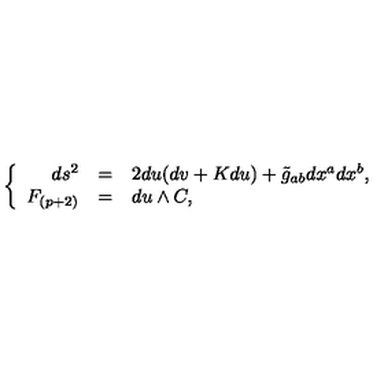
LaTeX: \left\{ \begin{array} { r c l } { d s ^ { 2 } } & { = } & { 2 d u ( d v + K d u ) + \tilde { g } _ { a b } d x ^ { a } d x ^ { b } , } \\ { F _ { ( p + 2 ) } } & { = } & { d u \land C , } \\ \end{array} \right.